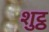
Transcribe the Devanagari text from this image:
शुट्ठ